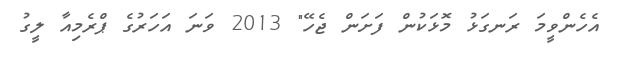
އެހެންވީމަ ރަނގަޅު މޮޅަކުން ފަށަން ޖެހޭ" 2013 ވަނަ އަހަރުގެ ޕްރެމިއާ ލީގު